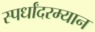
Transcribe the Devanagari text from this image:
स्पर्धांदरम्यान